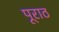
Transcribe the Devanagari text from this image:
पूराठ